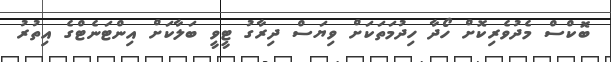
ބޮކްސް މެދުވެރިކޮށް ހޯދާ ހިދުމަތަކަށް ވިޔަސް ދިރާގު ޓީވީ ބަލާކަށް އިންޓަނެޓްގެ އިތުރު